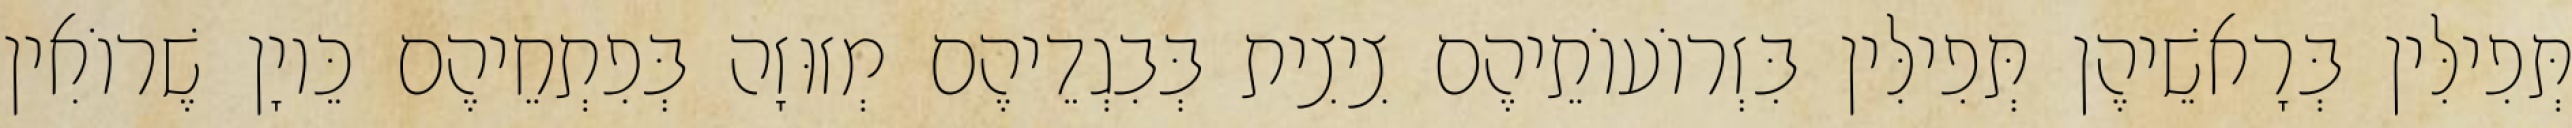
תְּפִילִּין בְּרָאשֵׁיהֶן תְּפִילִּין בִּזְרוֹעוֹתֵיהֶם צִיצִית בְּבִגְדֵיהֶם מְזוּזָה בְּפִתְחֵיהֶם כֵּיוָן שֶׁרוֹאִין